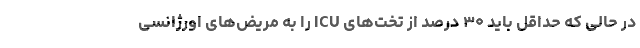
در حالی که حداقل باید ۳۰ درصد از تخت‌های ICU را به مریض‌های اورژانسی